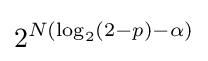
2^{N(\log _{2}(2-p)-\alpha )}